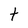
Character: t